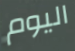
اليوم